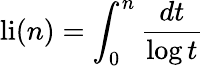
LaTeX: \operatorname{li}(n)=\int_{0}^{n}{\frac{dt}{\log t}}